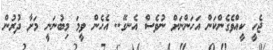
ޖެހީ ކީއްވެގެންކަން އަހަންނަށް ނުވެސް އެނގޭ.. އެހެން ވީމަ މިބުނަނީ މަށާ ދުރުން